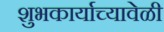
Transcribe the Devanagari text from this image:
शुभकार्याच्यावेळी